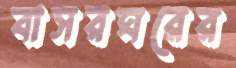
বাসরঘরের